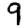
Digit: 9